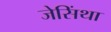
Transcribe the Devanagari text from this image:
जेसिंथा